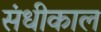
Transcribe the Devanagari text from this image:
संधीकाल